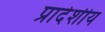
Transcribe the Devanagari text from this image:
प्रादेशीय